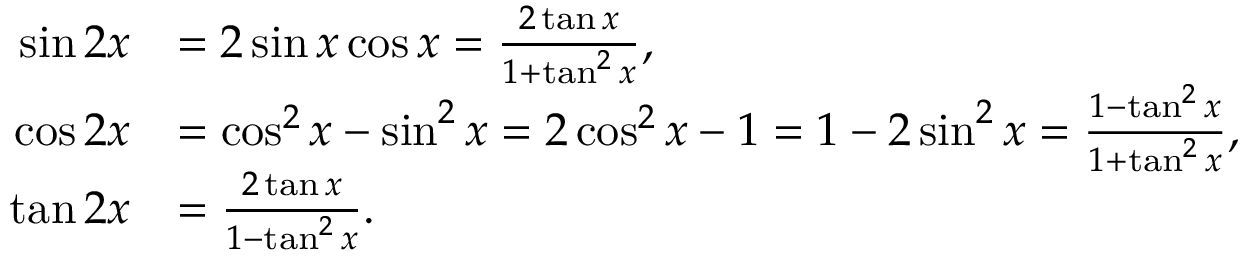
{ \begin{array} { r l } { \sin 2 x } & { = 2 \sin x \cos x = { \frac { 2 \tan x } { 1 + \tan ^ { 2 } x } } , } \\ { \cos 2 x } & { = \cos ^ { 2 } x - \sin ^ { 2 } x = 2 \cos ^ { 2 } x - 1 = 1 - 2 \sin ^ { 2 } x = { \frac { 1 - \tan ^ { 2 } x } { 1 + \tan ^ { 2 } x } } , } \\ { \tan 2 x } & { = { \frac { 2 \tan x } { 1 - \tan ^ { 2 } x } } . } \end{array} }